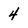
Character: 4